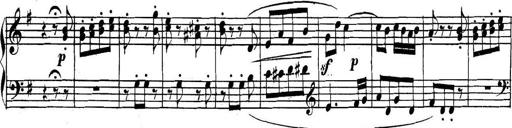
Title: Collected Piano Sonatas
Composer: Muzio Clementi